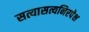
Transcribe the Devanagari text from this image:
सत्यासत्यनिरपेक्ष